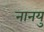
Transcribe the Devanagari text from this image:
नानयु